Lunatic asylums Burma 1907-21 - 1907-1921
Year: 1907
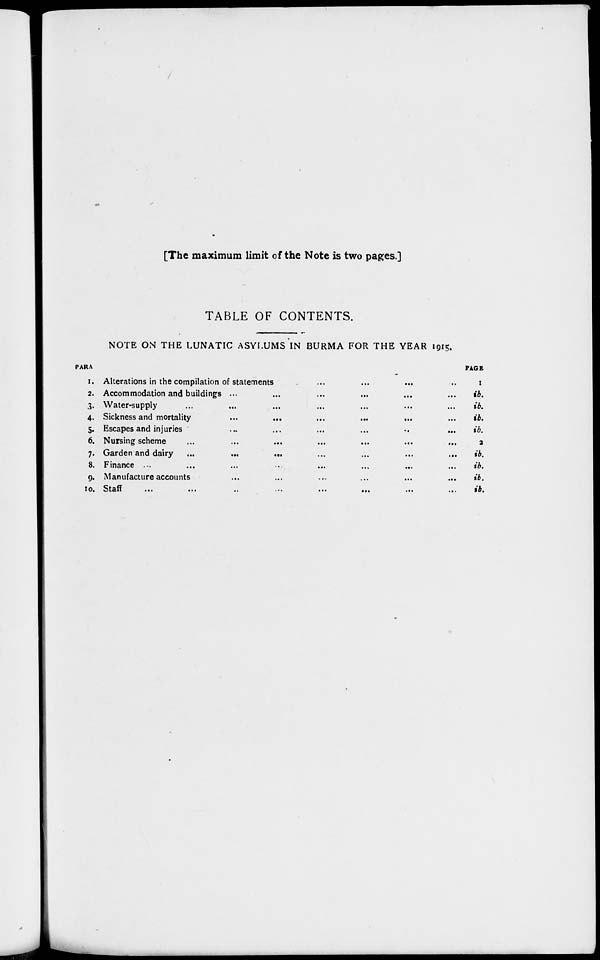
[The maximum limit of the Note is two pages.]
TABLE OF CONTENTS.
NOTE ON THE LUNATIC ASYLUMS IN BURMA FOR THE YEAR 1915.
PARA
1.
2.
3.
4.
5.
6.
7.
8.
9.
10.
Alterations in the compilation of statements ... ... ... ...
Accommodation and buildings ... ... ... ... ... ...
Water-supply ... ... ... ... ... ... ...
Sickness and mortality ...
...
...
...
...
...
Escapes and injuries
...
...
...
...
...
...
Nursing scheme
...
...
...
...
...
...
...
Garden and dairy
...
...
...
...
...
...
...
Finance ...
...
...
...
...
...
...
...
Manufacture accounts ... ... ... ... ... ... ...
Staff
...
...
...
...
...
...
...
...
PAGE
1
ib.
ib.
ib.
ib.
2
ib.
ib.
ib.
ib.